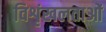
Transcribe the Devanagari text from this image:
विशृंखलताओं